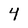
Character: 4